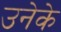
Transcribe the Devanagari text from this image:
उनेके